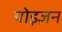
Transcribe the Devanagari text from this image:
पोइज़न